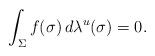
LaTeX: \begin{align*} \int_{\Sigma} f(\sigma)\,d\lambda^{u}(\sigma)=0. \end{align*}